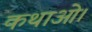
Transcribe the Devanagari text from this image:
कथाओ।